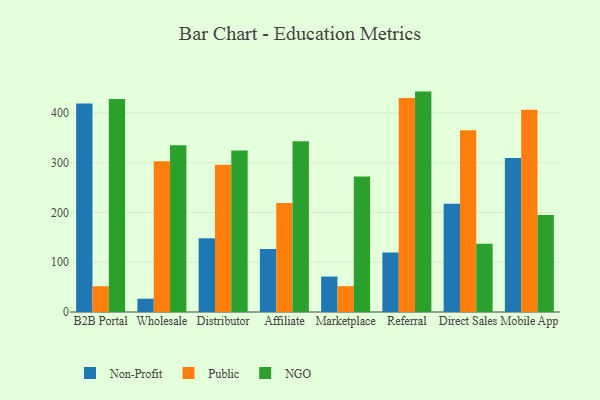
{"axis": {"x": "Channel", "y": "Tickets Resolved"}, "legend": ["NGO", "Non-Profit", "Public"], "data": [{"x": "B2B Portal", "y": 419.1, "type": "Non-Profit"}, {"x": "B2B Portal", "y": 51.8, "type": "Public"}, {"x": "B2B Portal", "y": 427.9, "type": "NGO"}, {"x": "Wholesale", "y": 26.7, "type": "Non-Profit"}, {"x": "Wholesale", "y": 303.0, "type": "Public"}, {"x": "Wholesale", "y": 334.8, "type": "NGO"}, {"x": "Distributor", "y": 148.4, "type": "Non-Profit"}, {"x": "Distributor", "y": 295.6, "type": "Public"}, {"x": "Distributor", "y": 324.4, "type": "NGO"}, {"x": "Affiliate", "y": 126.7, "type": "Non-Profit"}, {"x": "Affiliate", "y": 219.0, "type": "Public"}, {"x": "Affiliate", "y": 343.3, "type": "NGO"}, {"x": "Marketplace", "y": 71.2, "type": "Non-Profit"}, {"x": "Marketplace", "y": 52.0, "type": "Public"}, {"x": "Marketplace", "y": 272.1, "type": "NGO"}, {"x": "Referral", "y": 119.6, "type": "Non-Profit"}, {"x": "Referral", "y": 430.0, "type": "Public"}, {"x": "Referral", "y": 442.8, "type": "NGO"}, {"x": "Direct Sales", "y": 217.6, "type": "Non-Profit"}, {"x": "Direct Sales", "y": 365.1, "type": "Public"}, {"x": "Direct Sales", "y": 136.9, "type": "NGO"}, {"x": "Mobile App", "y": 309.2, "type": "Non-Profit"}, {"x": "Mobile App", "y": 406.3, "type": "Public"}, {"x": "Mobile App", "y": 195.0, "type": "NGO"}]}